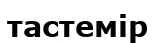
тастемір